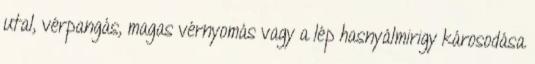
utal, vérpangás, magas vérnyomás vagy a lép hasnyálmirigy károsodása